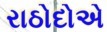
રાઠોદોએ